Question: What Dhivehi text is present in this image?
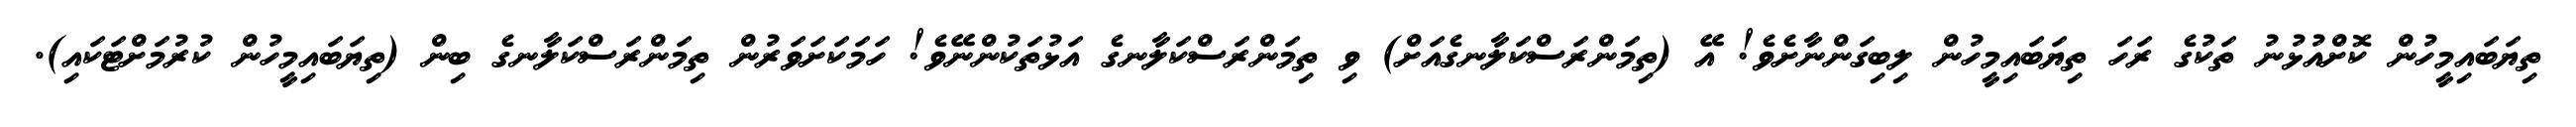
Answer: ތިޔަބައިމީހުން ކޮށްއުޅުނު ތަކުގެ ރަހަ ތިޔަބައިމީހުން ލިބިގަންނާށެވެ! އޭ (ތިމަންރަސްކަލާނގެއަށް) ވި ތިމަންރަސްކަލާނގެ އަޅުތަކުންނޭވެ! ހަމަކަށަވަރުން ތިމަންރަސްކަލާނގެ ބިން (ތިޔަބައިމީހުން ކުރުމަށްޓަކައި).